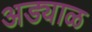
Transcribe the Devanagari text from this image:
अड्याळ